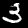
Digit: 3